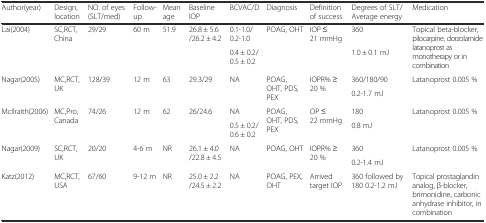
| Author(year) | Design, location | NO. of eyes (SLT/med) | Follow-up | Mean age | Baseline IOP | BCVAC/D | Diagnosis | Definition of success | Degrees of SLT/Average energy | Medication |
 | --- | --- | --- | --- | --- | --- | --- | --- | --- | --- | --- |
 | <ROWSPAN=2> Lai(2004) | <ROWSPAN=2> SC,RCT, China | <ROWSPAN=2> 29/29 | <ROWSPAN=2> 60 m | <ROWSPAN=2> 51.9 | <ROWSPAN=2> 26.8 ± 5.6 /26.2 ± 4.2 | 0.1-1.0/ 0.2-1.0 | <ROWSPAN=2> POAG, OHT | <ROWSPAN=2> IOP ≤ 21 mmHg | 360 | <ROWSPAN=2> Topical beta-blocker, pilocarpine, dorzolamide latanoprost as monotherapy or in combination |
 | 0.4 ± 0.2/ 0.5 ± 0.2 | 1.0 ± 0.1 mJ |
 | <ROWSPAN=2> Nagar(2005) | <ROWSPAN=2> MC,RCT, UK | <ROWSPAN=2> 128/39 | <ROWSPAN=2> 12 m | <ROWSPAN=2> 63 | <ROWSPAN=2> 29.3/29 | <ROWSPAN=2> NA | <ROWSPAN=2> POAG, OHT, PDS, PEX | <ROWSPAN=2> IOPR% ≥ 20 % | 360/180/90 | <ROWSPAN=2> Latanoprost 0.005 % |
 | 0.2-1.7 mJ |
 | <ROWSPAN=2> McIlraith(2006) | <ROWSPAN=2> MC,Pro, Canada | <ROWSPAN=2> 74/26 | <ROWSPAN=2> 12 m | <ROWSPAN=2> 62 | <ROWSPAN=2> 26/24.6 | NA | <ROWSPAN=2> POAG, OHT, PDS, PEX | <ROWSPAN=2> OP ≤ 22 mmHg | 180 | <ROWSPAN=2> Latanoprost 0.005 % |
 | 0.5 ± 0.2/ 0.6 ± 0.2 | 0.8 mJ |
 | <ROWSPAN=2> Nagar(2009) | <ROWSPAN=2> SC,RCT, UK | <ROWSPAN=2> 20/20 | <ROWSPAN=2> 4-6 m | <ROWSPAN=2> NR | <ROWSPAN=2> 26.1 ± 4.0 /22.8 ± 4.5 | <ROWSPAN=2> NA | <ROWSPAN=2> POAG, OHT | <ROWSPAN=2> IOPR% ≥ 20 % | 360 | <ROWSPAN=2> Latanoprost 0.005 % |
 | 0.2-1.4 mJ |
 | Katz(2012) | MC,RCT, USA | 67/60 | 9-12 m | NR | 25.0 ± 2.2 /24.5 ± 2.2 | NA | POAG, PEX, OHT | Arrived target IOP | 360 followed by 180 0.2-1.2 mJ | Topical prostaglandin analog, β-blocker, brimonidine, carbonic anhydrase inhibitor, in combination |